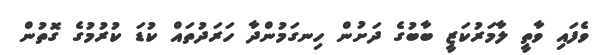
ވެފައި ވާތީ ލާމަރުކަޒީ ބާބުގެ ދަށުން ހިނގަމުންދާ ހަރަދުތައް ކުޑަ ކުރުމުގެ ގޮތުން